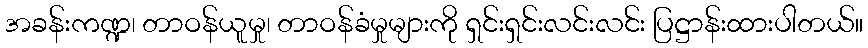
အခန်းကဏ္ဍ၊ တာဝန်ယူမှု၊ တာဝန်ခံမှုများကို ရှင်းရှင်းလင်းလင်း ပြဋ္ဌာန်းထားပါတယ်။